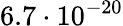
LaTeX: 6.7\cdot 10^{-20}